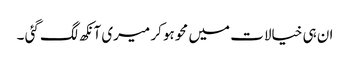
ان ہی خیالات میں محو ہو کر میری آنکھ لگ گئی ۔